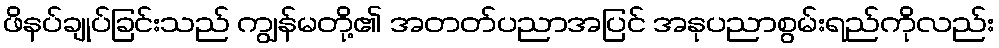
ဖိနပ်ချုပ်ခြင်းသည် ကျွန်မတို့၏ အတတ်ပညာအပြင် အနုပညာစွမ်းရည်ကိုလည်း